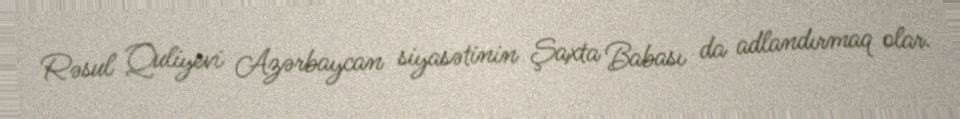
Rəsul Quliyevi Azərbaycan siyasətinin Şaxta Babası da adlandırmaq olar.